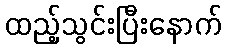
ထည့်သွင်းပြီးနောက်